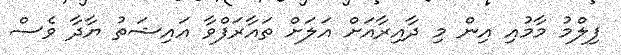
ފިލްމު މާމުއި އިން މި ދާއިރާއަށް އަލަށް ތައާރަފްވާ އައިޝަތު ޔާދާ ވެސް